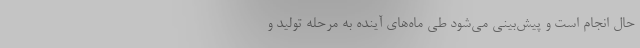
حال انجام است و پیش‌بینی می‌شود طی ماه‌های آینده به مرحله تولید و